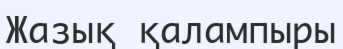
Жазық қалампыры